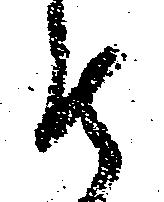
罷